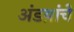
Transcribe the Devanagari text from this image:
अंडय़ांचे